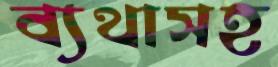
ব্যথাসহ